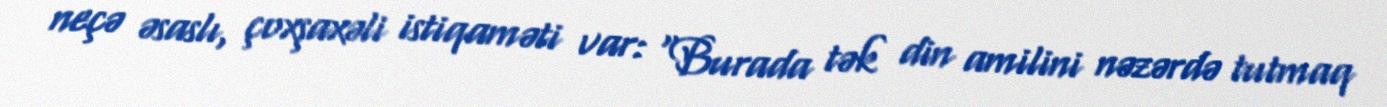
neçə əsaslı, çoxşaxəli istiqaməti var: “Burada tək din amilini nəzərdə tutmaq